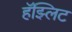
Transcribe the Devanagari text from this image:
हॅझ्लिट